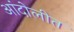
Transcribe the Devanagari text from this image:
आंदोलीत